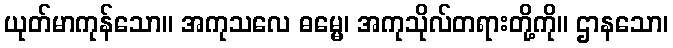
ယုတ်မာကုန်သော။ အကုသလေ ဓမ္မေ၊ အကုသိုလ်တရားတို့ကို။ ဌာနသော၊